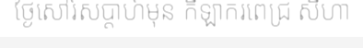
ថ្ងៃសៅរ៍សប្តាហ៍មុន កីឡាករពេជ្រ សីហា